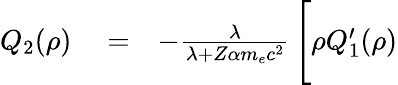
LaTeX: \begin{array}{rlr}{Q_{2}(\rho)}&{{}=}&{-\frac{\lambda}{\lambda+Z\alpha m_{e}c^{2}}\, \Bigg[\rho Q_{1}^{\prime}(\rho)}\end{array}